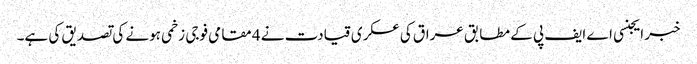
خبر ایجنسی اے ایف پی کے مطابق عراق کی عسکری قیادت نے 4 مقامی فوجی زخمی ہونے کی تصدیق کی ہے۔